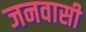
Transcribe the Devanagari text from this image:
जनवासी